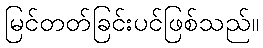
မြင်တတ်ခြင်းပင်ဖြစ်သည်။